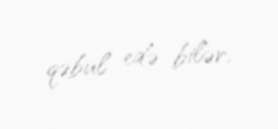
qəbul edə bilər.